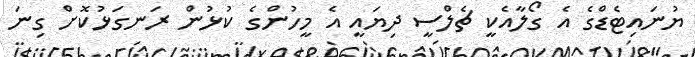
ޔުނައިޓެޑްގެ އެ ގޯލާއެކީ ޗެލްސީ ދިޔައީ އެ މީހުންގެ ކުޅުން ރަނގަޅުކޮށް ގިނަ